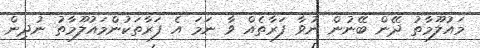
މައުލޫމާތު ދޭން ބޭނުން ނުވާ ފަރާތެއް ވާ ނަމަ އެ ފަރާތަކުންމައުލޫމާތު ނުދިން